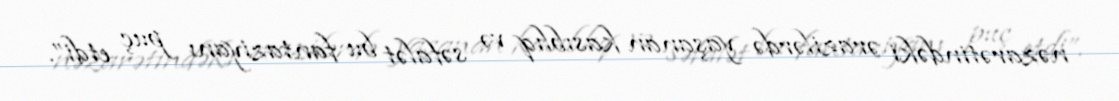
nəzarətindəki ərazilərdə yaşanan kasıblıq və səfalət bu fantaziyanı puç etdi”.